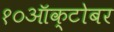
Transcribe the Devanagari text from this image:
१०ऑक्टोबर